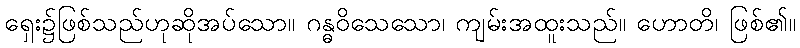
ရှေး၌ဖြစ်သည်ဟုဆိုအပ်သော။ ဂန္ဓဝိသေသော၊ ကျမ်းအထူးသည်။ ဟောတိ၊ ဖြစ်၏။